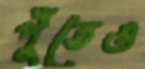
পুঁতেও